Report on vaccination in the Province of Bengal - 1874-1889
Year: 1874
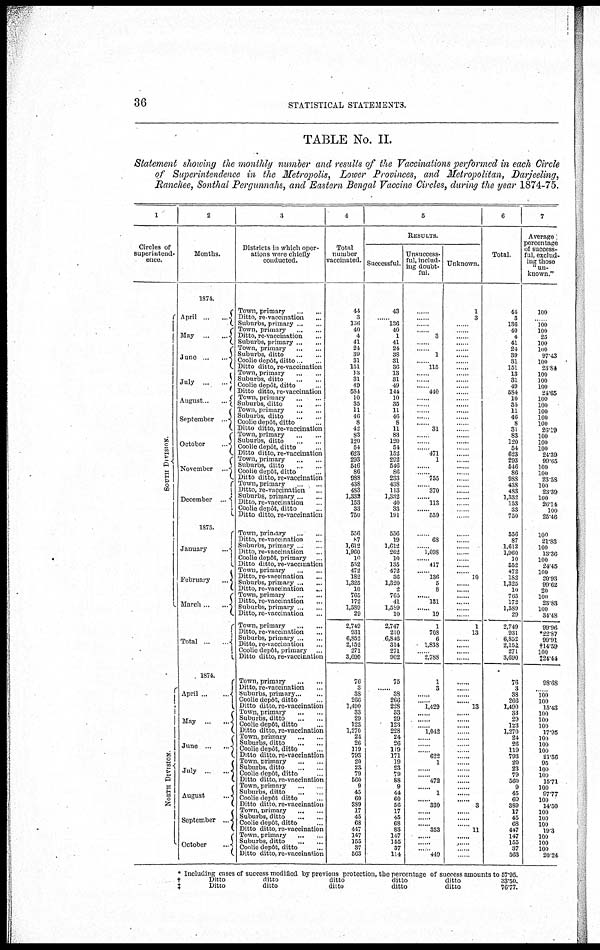
36
STATISTICAL STATEMENTS.
TABLE No. II.
Statement showing the monthly number and results of the Vaccinations performed in each Circle
of Superintendence in the Metropolis, Lower Provinces, and Metropolitan, Darjeeling,
Ranchee, Sonthal Pergunnahs, and Eastern Bengal Vaccine Circles, during the year 1874-75.
1
Circles of
superintend-
ence.
SOUTH DIVISION.
NORTH DIVISION
2
Months.
1874.
April
...
...
May
...
...
June
...
...
July...
...
August
...
...
September ... ...
October
...
...
November ... ...
December
...
1875.
January
...
February
...
March
...
...
Total
...
1874.
April
...
...
May
...
...
June ... ...
July ... ...
August
...
September
...
October
...
3
Districts in which oper-
ations were chiefly
conducted.
Town, primary
...
...
Ditto, re-vaccination ...
Suburbs, primary ... ...
Town, primary
...
...
Ditto, re-vaccination ...
Suburbs, primary
...
...
Town, primary
...
...
Suburbs, ditto ... ...
Coolie depôt, ditto ... ...
Ditto ditto, re-vaccination
Town, primary
...
...
Suburbs, ditto
...
...
Coolie depôt, ditto ...
Ditto ditto, re-vaccination
Town, primary
...
...
Suburbs, ditto
...
...
Town, primary
...
...
Suburbs, ditto
...
...
Coolie depôt, ditto ...
Ditto ditto, re-vaccination
Town, primary
...
...
Suburbs, ditto ... ...
Coolie depôt, ditto ...
Ditto ditto, re-vaccination
Town, primary
...
...
Suburbs, ditto ... ...
Coolie depôt, ditto ...
Ditto ditto, re-vaccination
Town, primary ... ...
Ditto, re-vaccination ...
Suburbs, primary ... ...
nation
Town, primary
...
...
Ditto, re-vaccination ...
Suburbs, primary ... ...
Ditto, re-vaccination ...
Coolie depôt, primary ...
Ditto ditto, re-vaccination
Town, primary
...
...
Ditto, re-vaccination ...
Suburbs, primary
...
...
Ditto, re-vaccination
...
Town, primary
...
...
Ditto, re-vaccmation ...
Suburbs, primary ... ...
Ditto, re-vaccination ...
Town, primary
...
...
Ditto, re-vaccination ...
Suburbs, primary ... ...
Town, primary
...
...
Ditto, re-vaccination
Suburbs, primary
...
...
Coolie depôt, ditto ...
Ditto ditto, re-vaccination
Town, primary
...
...
Suburbs, ditto
...
...
Coolie depôt, ditto ...
Ditto ditto, re-vaccination
Town, primary
...
...
Suburbs, ditto
...
...
Coolie depôt, ditto ... ...
Ditto ditto, re-vaccination
Town, primary
...
...
Suburbs, ditto ... ...
Coolie depôt ditto ...
Ditto ditto, re-vaccination
Town, primary
...
...
Suburbs, ditto
...
...
Coolie depôt, ditto ...
Ditto ditto, re-vaccination
Town, primary
...
...
Suburbs, ditto
...
...
Coolie depôt, ditto ...
Ditto ditto, re-vaccination
4
Total
number
vaccinated.
44
3
136
40
4
41
24
39
31
151
13
31
49
584
10
35
11
46
8
42
83
120
54
623
293
516
86
988
438
483
1,333
153
33
750
556
87
1,612
1,960
10
552
472
182
1,325
10
765
172
1,589
29
2,749
931
6,852
2,152
271
3,690
76
3
38
266
1,490
33
29
123
1,270
24
26
119
793
20
23
79
560
9
45
60
389
17
45
68
447
147
155
37
563
5
RESULTS.
Successful.
43
......
136
40
1
41
24
38
31
36
13
31
49
144
10
35
11
46
8
11
83
120
54
152
292
546
86
233
438
113
1,332
40
33
191
556
19
1,612
262
10
135
472
36
1,320
2
765
41
1,589
10
2,747
210
6,846
314
271
902
75
......
38
266
228
33
29
123
228
24
26
119
171
19
23
79
88
9
44
60
56
17
45
68
83
147
155
37
114
Unsuccess-
ful, includ-
ing doubt-
ful.
......
......
......
......
3
......
......
1
......
115
......
......
......
440
......
......
......
......
......
31
......
......
......
471
1
......
......
755
...
370
......
113
......
559
......
68
......
1,698
......
417
......
136
5
8
......
131
......
19
1
708
6
1,838
......
2,788
1
3
......
......
1,429
......
......
......
1,042
......
......
......
622
1
......
......
472
......
1
......
330
......
......
......
353
......
......
......
449
Unknown.
1
3
......
......
......
......
......
......
......
......
......
......
......
......
......
......
......
......
......
......
......
......
......
......
......
......
......
......
......
......
......
......
....
......
......
......
......
......
......
......
......
10
......
......
......
......
......
......
1
13
......
......
......
......
......
......
......
......
13
......
......
......
......
......
......
......
......
......
......
......
......
......
......
......
3
......
......
......
11
......
......
......
......
6
Total.
44
3
136
40
4
41
21
39
31
151
13
31
49
584
10
35
11
46
8
31
83
120
54
623
293
546
86
988
438
483
1,332
153
33
750
556
87
1,612
1,960
10
552
472
182
1,325
10
765
172
1,589
29
2,749
931
6,852
2,152
271
3,690
76
3
38
266
1,490
33
29
123
1,270
24
26
119
793
20
23
79
560
9
45
60
389
17
45
68
447
147
155
37
563
7
Average
percentage
of success-
ful, exclud-
ing those
"un-
known "
100
......
100
100
25
100
100
97.43
100
23.84
100
100
100
24.65
100
100
100
100
100
26.19
100
100
100
24.39
99.65
100
100
23.58
100
23.39
100
26.14
100
25.46
100
21.83
100
13.36
100
24.45
100
20.93
99.62
20
100
23.83
100
34.48
99.96
*22.87
99.91
†14.59
100
‡24.44
98.68
......
100
100
15.43
100
100
100
17.95
100
100
100
21.56
95
100
100
15.71
100
97.77
100
14.50
100
100
100
19.3
100
100
100
20.24
* Including cases of success modified by previous protection, the percentage of success amounts to 57.95.
†
Ditto
ditto
ditto
ditto
ditto
33.50.
‡
Ditto
ditto
ditto
ditto
ditto
76.77.